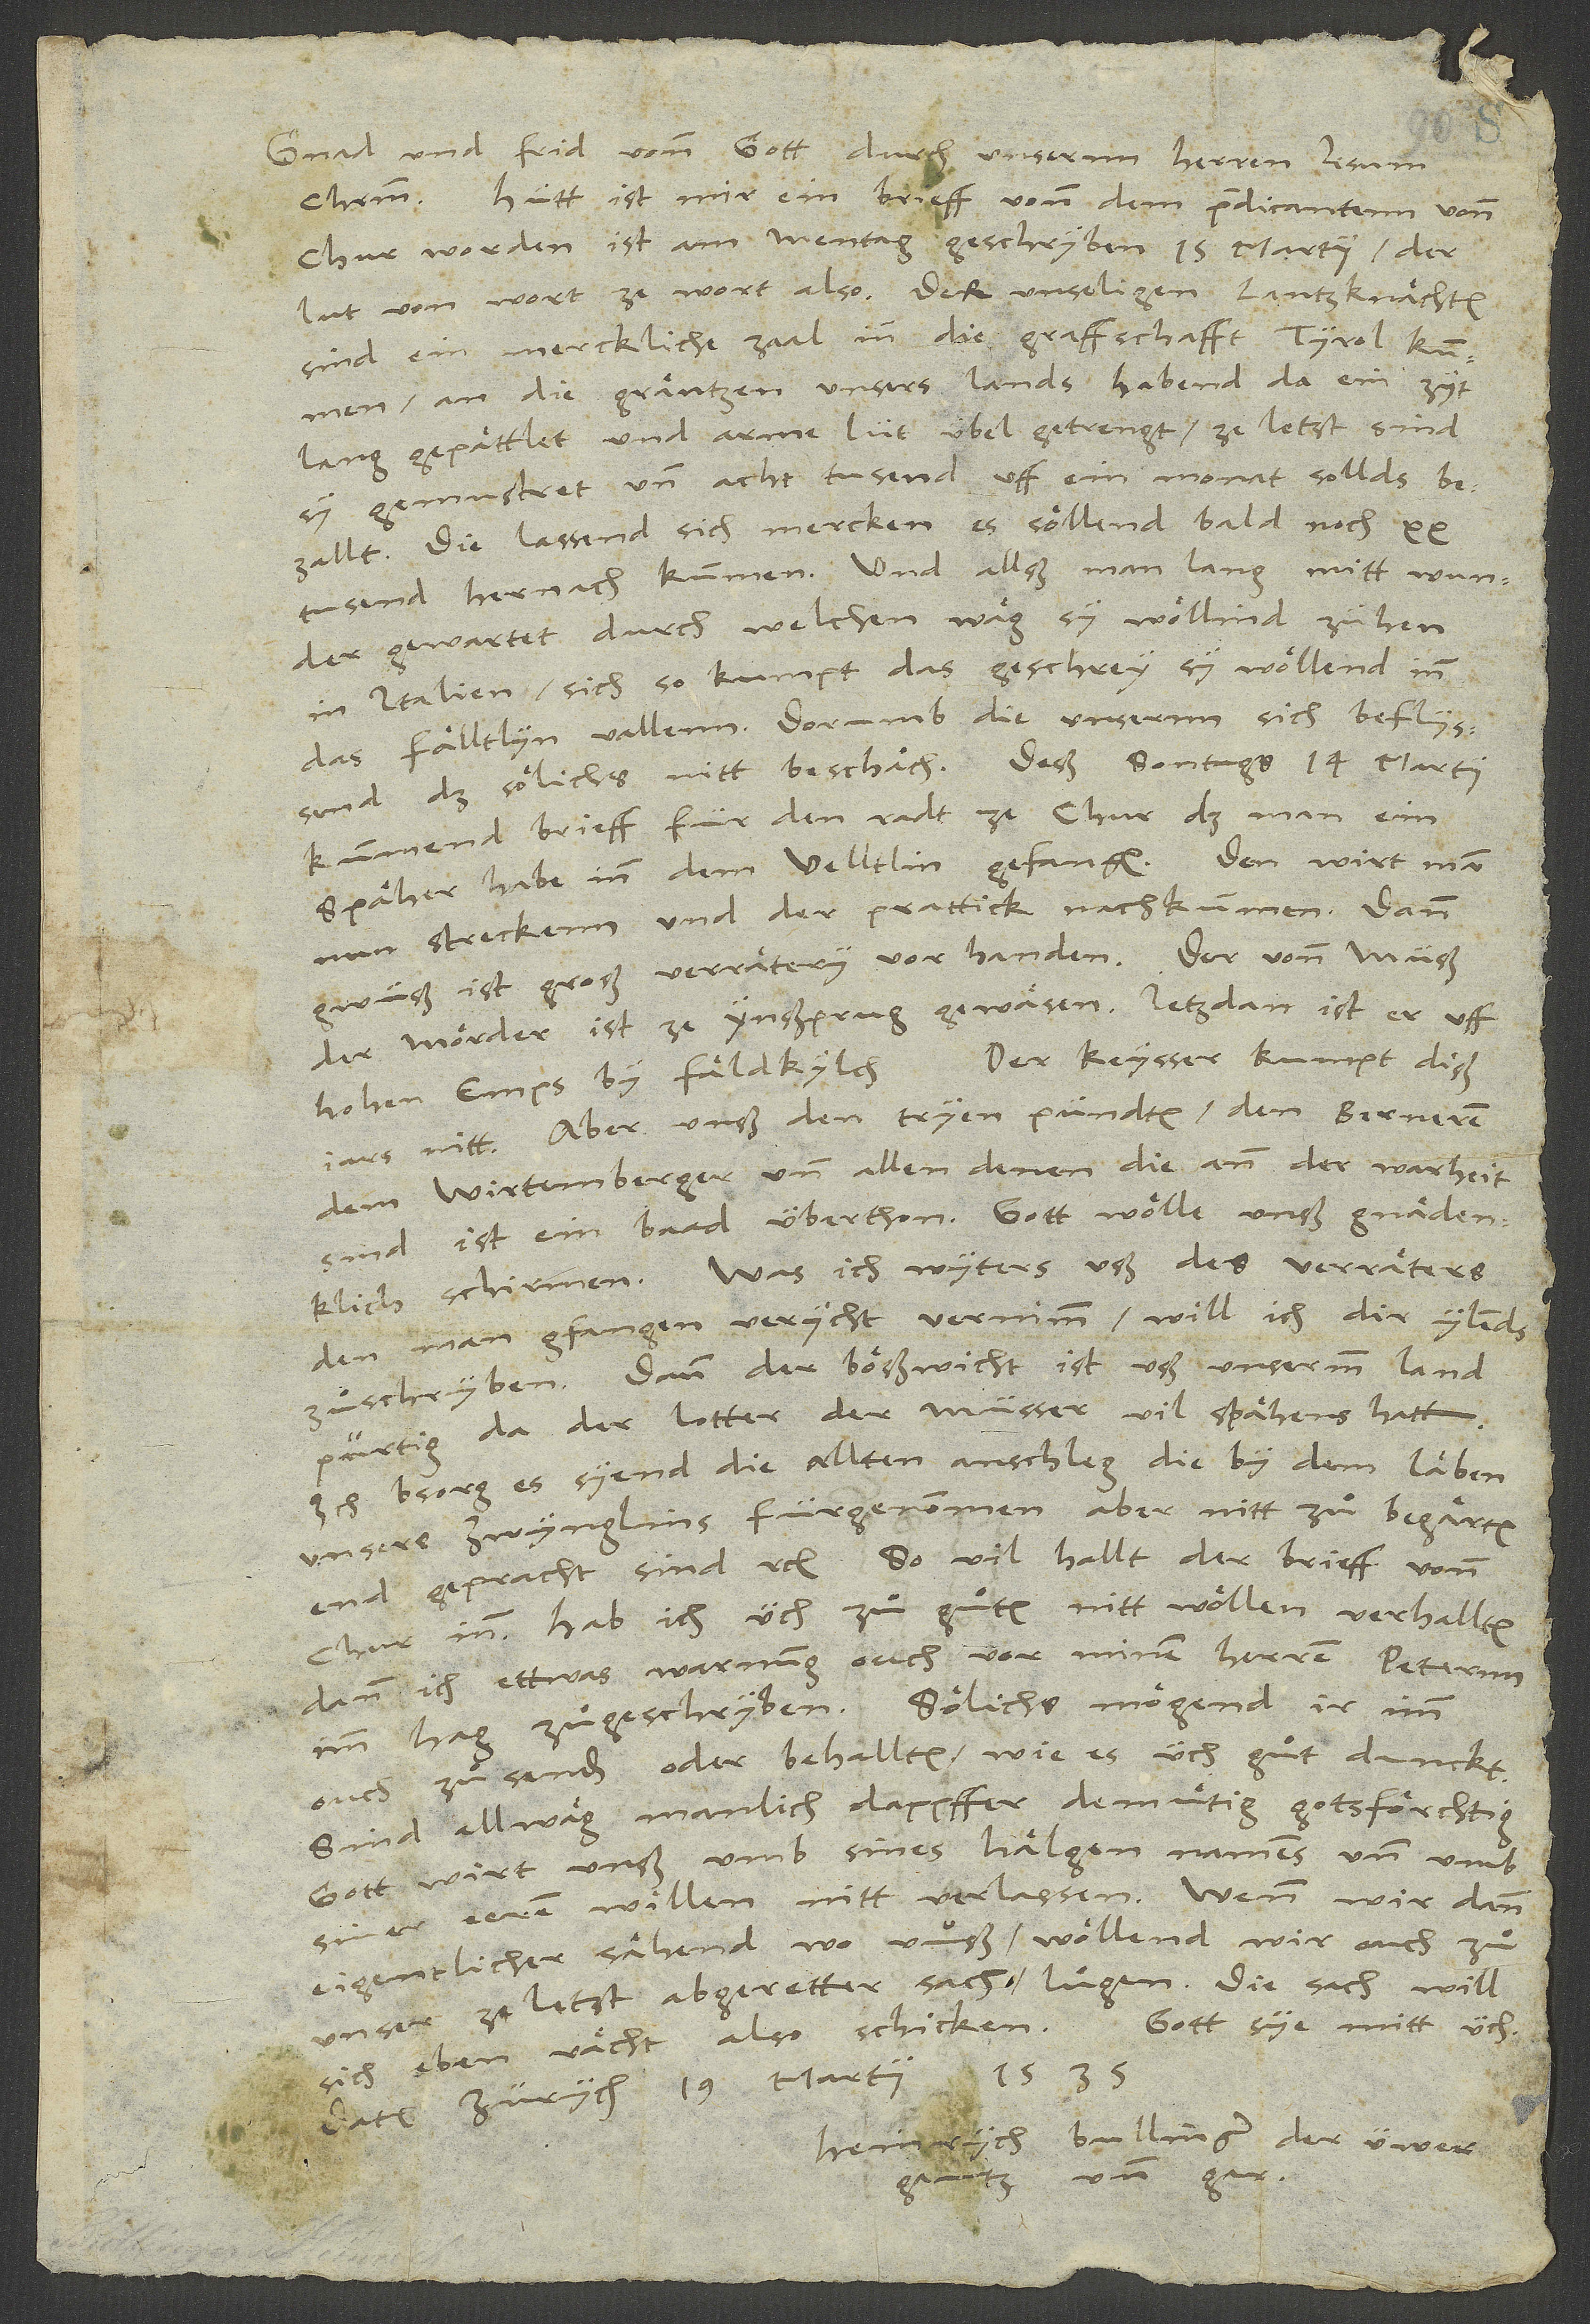
Gnad und frid vonn gott durch unsernn herren Jesum
Hütt ist mir ein brieff vonn dem predicantenn vonn
Chur worden, ist am mentag geschryben, 15. martii. Der
lut von wort ze wort also: "Der unseligen lantzknächten
sind ein merckliche zaal inn die graffschafft Tyrol kummen
an die gräntzen unsers lands, habend da ein zyt
lang gepättlet und arme lüt übel getrengt, zeletzt sind
sy gemustret und achttusend uff ein monat sollds
bezallt. Die lassend sich mercken, es söllend bald noch 20
tusend hernach kummen. Und allß man lang mitt wunder
gewartet, durch welchen wäg sy wöllind zühen
in Italien, sich, so kumpt das geschrey, sy wöllend inn
das Fälltlyn vallenn. Dorumb die unsernn sich beflyssend,
daß sölichs nitt beschäch. Deß sontags, 14. martii,
kummend brieff für den radt ze Chur, daß man ein
späher habe inn dem Velltlin gefangen. Den wirt man
nun streckenn und der prattick nachkummen. Dann
gwüß ist groß verrätery vor handen. Der vonn Müß,
der mörder, ist ze Ynßprug gewäsen. Jetzdan ist er uffHohen
Der keysser kumpt diß
Emps by Fäldkylch.
jars nitt. Aber unß, den tryen pündten, den Beineren,
dem Wirtemberger und allen denen, die ann der warheit
sind, ist ein band überthon. Gott wölle unß gnädenklich
schirmen. Was ich wyters uß des verräters,
den man gfangen, verycht, vernimm, will ich dir ylends
zuͦschryben. Dann der bößwicht ist uß unsermm land
pürtig, da der lotter, der Müsser, vil spähens hatt.
Ich bsorg, es syend die allten anschleg, die by dem läben
unsers Zwynglins fürgenommen, aber nitt zuͦ begärtem
Chur inn. Hab ich üch zuͦ guͦtem nitt wöllen verhallten,
dann ich ettwas warnung ouch vor minem herren Peternn
Imm Hag zuͦgeschryben. Sölichs mögend ir imm
ouch zuͦsenden oder behallten, wie es üch guͦt dunckt.
Sind allwäg manlich, dappffer, demuͤtig, gotsförchtig.
Gott wirt unß umb sines hälgen namens und umb
eigentlicher sähend, wo uuß, wöllend wir ouch zu
unser zeletst abgeretter sach lugen. Die sach will
Gott sye mitt üch.
sich eben rächt also schicken.
Datum Zürych, 19. martii 1535.
Heinrych Bullinger, der üwer
gantz und gar.